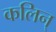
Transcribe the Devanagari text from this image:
कलिन्